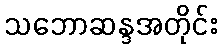
သဘောဆန္ဒအတိုင်း